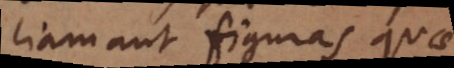
liam aut figuras quae